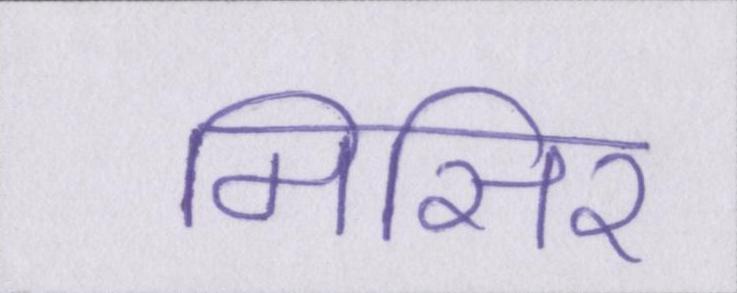
मिसिर